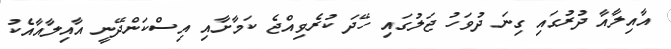
އާއިލާއާ ދުރުގައި ގިނަ ދުވަހު ޖަލުގައި ހޭދަ ކުރެވިއްޖެ ކަމާށާއި އިސްކަންދޭނީ އާއިލާއާއެކު